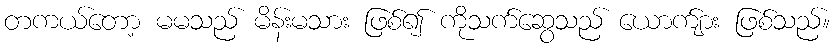
တကယ်တော့ မမသည် မိန်းမသား ဖြစ်၍ ကိုသက်ဆွေသည် ယောက်ျား ဖြစ်သည်။